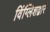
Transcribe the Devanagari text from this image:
विंग्लिशद्वारे